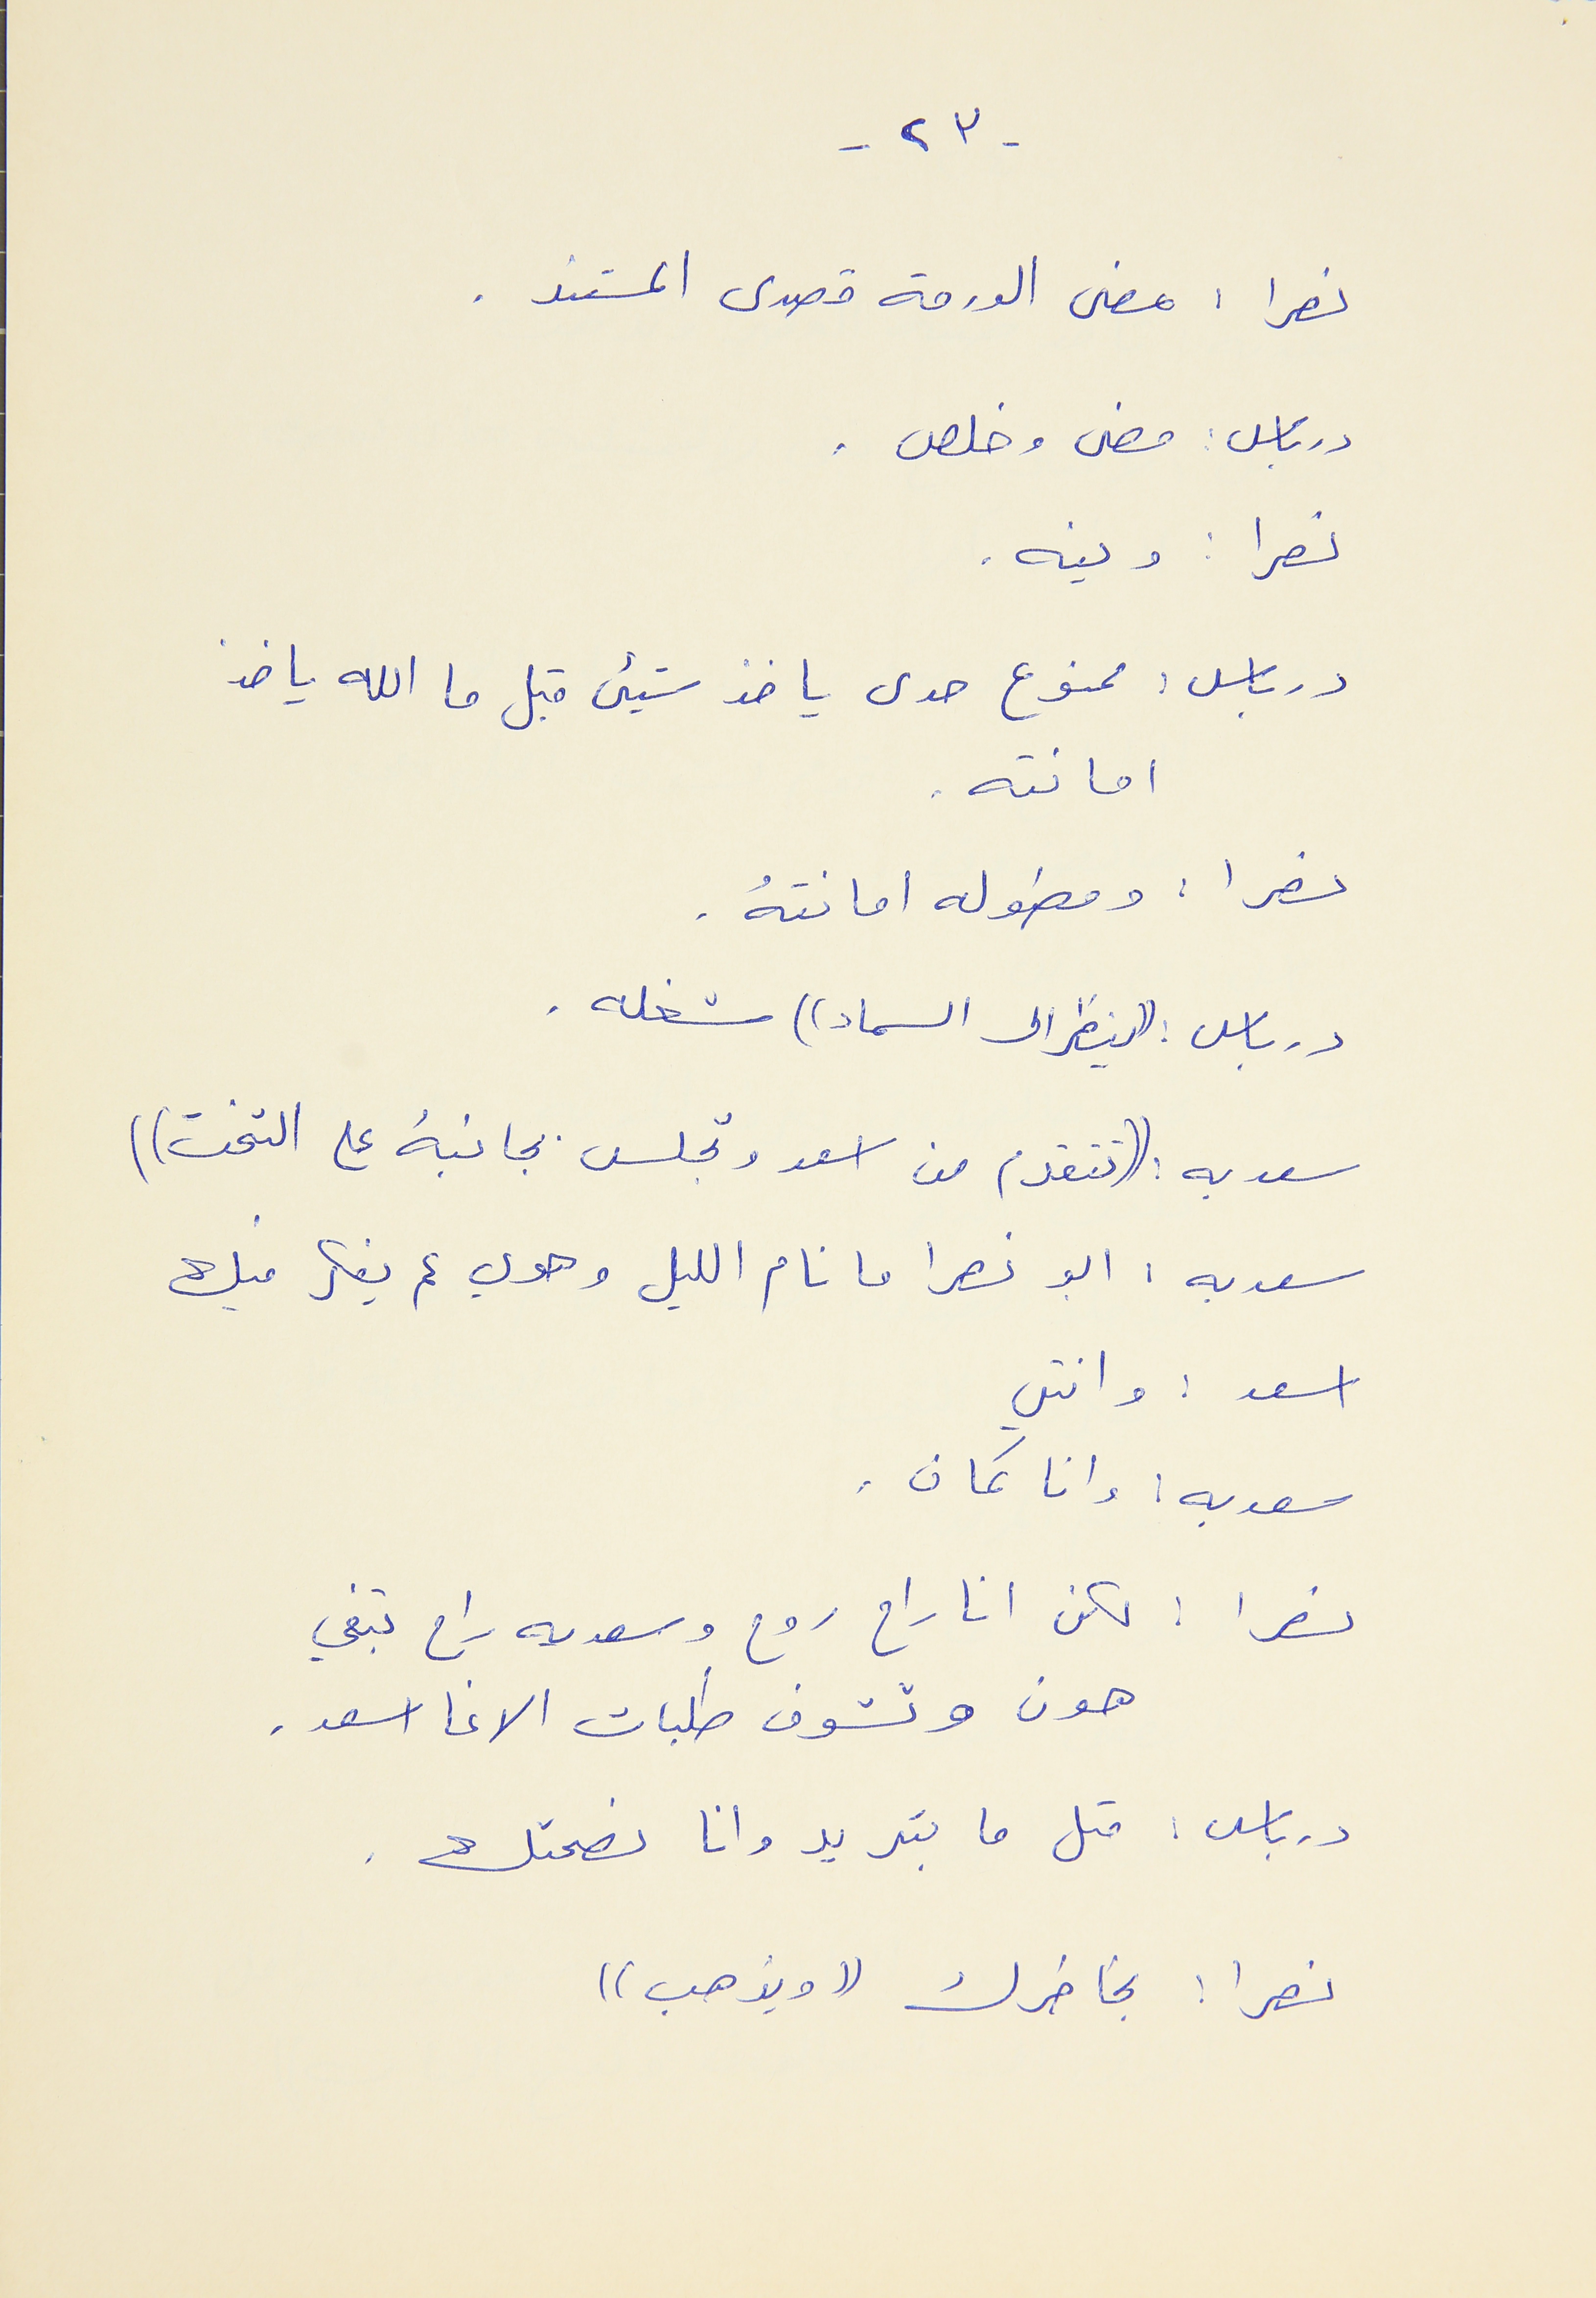
- ٢٣ -
نصرا : مضى الورقه قصدى المستند .
درباس : مضى وخلص .
نصرا : وينه .
درباس : ممنوع حدى ياخذ شيىء قبل ما الله ياخذ
امانته .
نصرا : ومطوله امانتهُ .
درباس : ((ينظر الى السماء)) شغله .
سعديه : ((تتقدم من اسعد وتجلس بجانبهُ على التخت))
سعديه : ابو نصرا ما نام الليل وهوي عم يفكر فيك
اسعد : وانتي
سعديه : وانا كمان .
نصرا : لكن انا راح روح وسعديه راح تبقي
هون وتشوف طلبات الاغا اسعد .
درباس : متل ما بتريد وان نصحتك .
نصرا : بخاطرك (( ويذهب ))